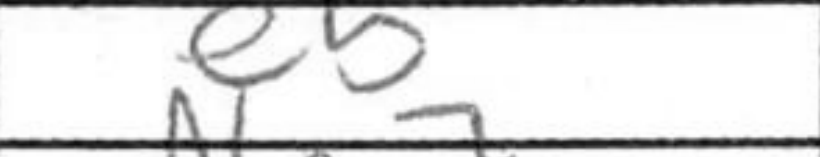
Transcription: e5